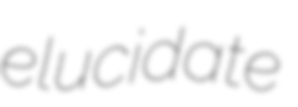
elucidate